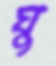
ঘু